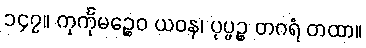
၁၄၇။ ကုင်္ကုမဉ္စေဝ ယဝန၊ ပုပ္ဖဉ္စ တဂရံ တထာ။